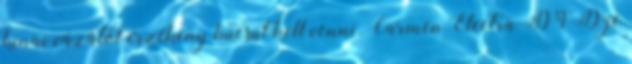
kínai vázától érzékeny búcsút kell venni. Carmen Electra DVD-je